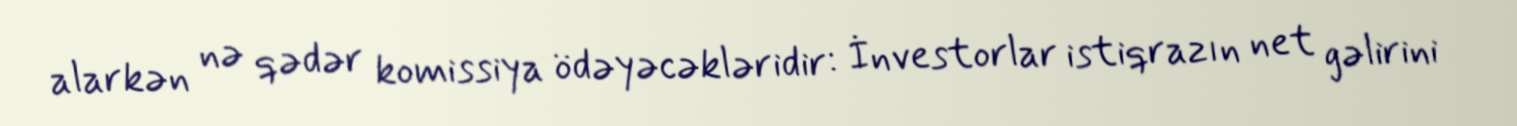
alarkən nə qədər komissiya ödəyəcəkləridir: İnvestorlar istiqrazın net gəlirini